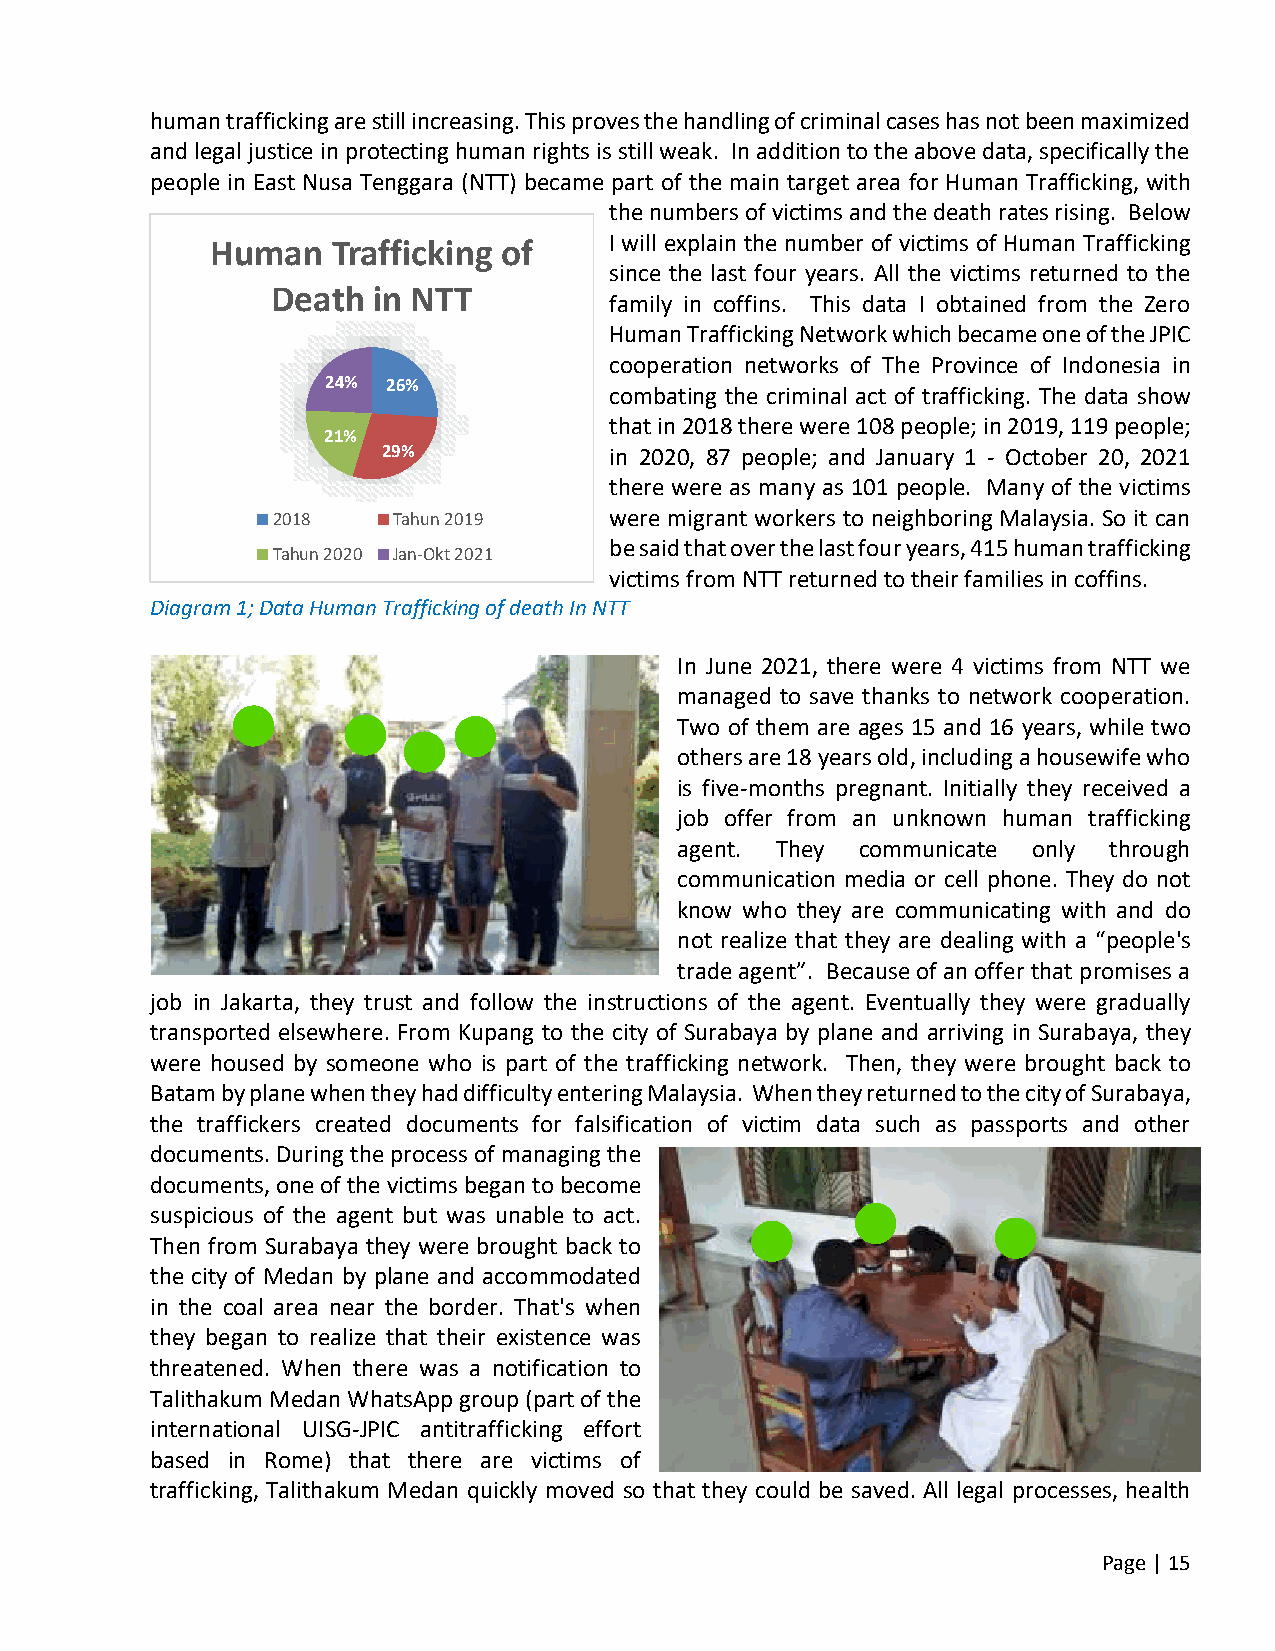
human trafficking are still increasing. This proves the handling of criminal cases has not been maximized
 and legal justice in protecting human rights is still weak. In addition to the above data, specifically the
 people in East Nusa Tenggara (NTT) became part of the main target area for Human Trafficking, with
 the numbers of victims and the death rates rising. Below
 Human   Trafficking of    I will explain the number of victims of Human Trafficking
 since the last four years. All the victims returned to the
 Death  in NTT
 family in coffins. This data I obtained from the Zero
 Human Trafficking Network which became one of the JPIC
 cooperation networks of The Province of Indonesia in
 24% 26%
 combating the criminal act of trafficking. The data show
 that in 2018 there were 108 people; in 2019, 119 people;
 21%
 29%            in 2020, 87 people; and January 1 - October 20, 2021
 there were as many as 101 people. Many of the victims
 2018    Tahun 2019    were migrant workers to neighboring Malaysia. So it can
 be said that over the last four years, 415 human trafficking
 Tahun 2020 Jan-Okt 2021
 victims from NTT returned to their families in coffins.
 Diagram 1; Data Human Trafficking of death In NTT
 In June 2021, there were 4 victims from NTT we
 managed to save thanks to network cooperation.
 Two of them are ages 15 and 16 years, while two
 others are 18 years old, including a housewife who
 is five-months pregnant. Initially they received a
 job offer from an unknown human trafficking
 agent. They communicate only through
 communication media or cell phone. They do not
 know who they are communicating with and do
 not realize that they are dealing with a “people's
 trade agent”. Because of an offer that promises a
 job in Jakarta, they trust and follow the instructions of the agent. Eventually they were gradually
 transported elsewhere. From Kupang to the city of Surabaya by plane and arriving in Surabaya, they
 were housed by someone who is part of the trafficking network. Then, they were brought back to
 Batam by plane when they had difficulty entering Malaysia. When they returned to the city of Surabaya,
 the traffickers created documents for falsification of victim data such as passports and other
 documents. During the process of managing the
 documents, one of the victims began to become
 suspicious of the agent but was unable to act.
 Then from Surabaya they were brought back to
 the city of Medan by plane and accommodated
 in the coal area near the border. That's when
 they began to realize that their existence was
 threatened. When there was a notification to
 Talithakum Medan WhatsApp group (part of the
 international UISG-JPIC antitrafficking effort
 based in Rome) that there are victims of
 trafficking, Talithakum Medan quickly moved so that they could be saved. All legal processes, health
 Page | 15